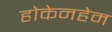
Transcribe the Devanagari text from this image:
होकेनहेम